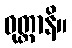
ဝုတ္တာနိ။